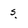
Character: s